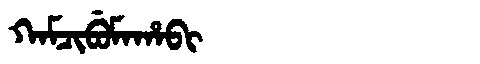
Manchu: ᡴᠠᠮᠴᡳᠪᡠᠮᠠᡥᠠᠪᡳ
Romanization: KAMCIBUMAHABI